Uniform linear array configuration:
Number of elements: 16
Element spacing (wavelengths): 0.5
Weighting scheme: exponential
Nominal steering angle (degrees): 15
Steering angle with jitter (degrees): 14.132
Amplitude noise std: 0.05
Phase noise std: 0.05

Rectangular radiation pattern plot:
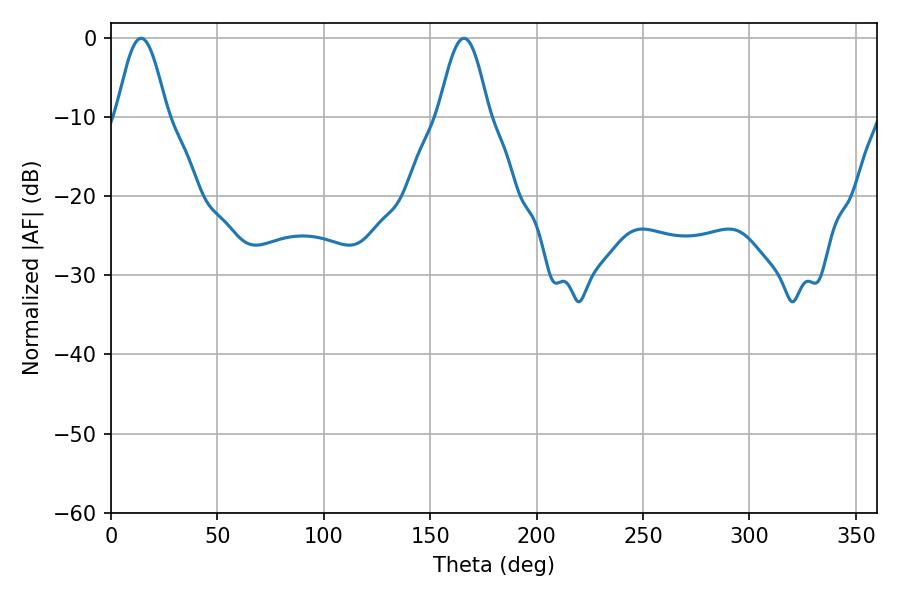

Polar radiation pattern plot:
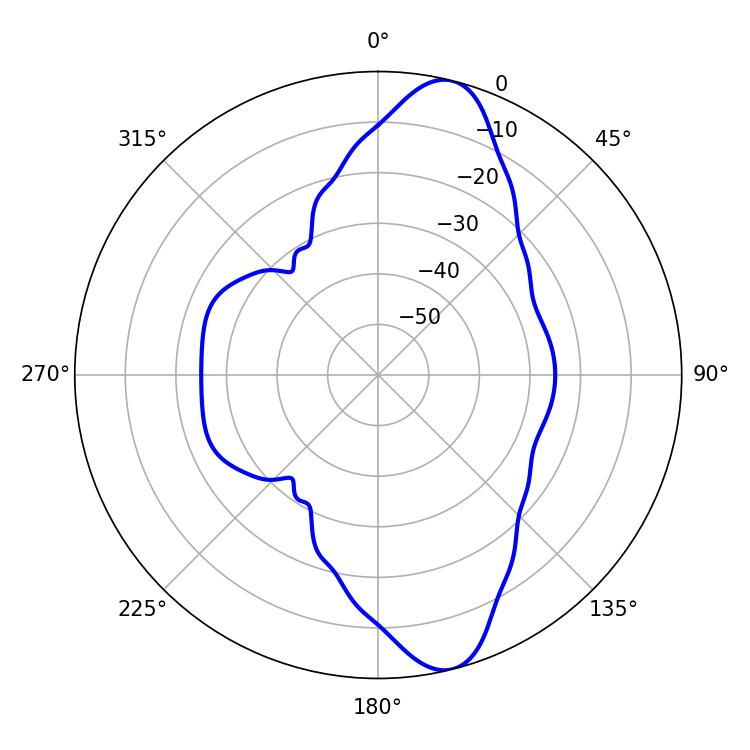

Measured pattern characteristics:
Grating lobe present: FALSE
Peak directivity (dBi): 11.858
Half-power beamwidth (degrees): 12.6
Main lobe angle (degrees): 14.22